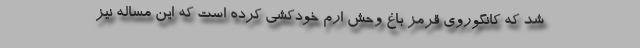
شد که کانگوروی قرمز باغ وحش ارم خودکشی کرده است که این مساله نیز